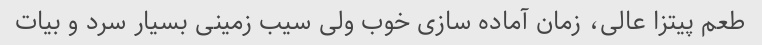
طعم پیتزا عالى، زمان آماده سازى خوب ولى سیب زمینى بسیار سرد و بیات